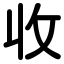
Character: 收